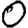
Digit: 0